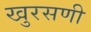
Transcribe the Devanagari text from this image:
खुरसणी